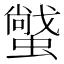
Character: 𧑼